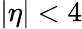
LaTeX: |\eta|<4